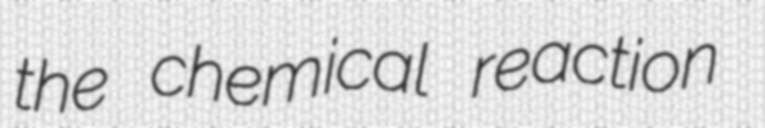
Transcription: the chemical reaction